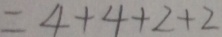
= 4 + 4 + 2 + 2